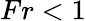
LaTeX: Fr<1